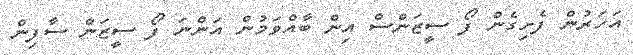
އަހަރުން ފެށިގެން ފޯ ސީޒަންސް އިން ބާއްވަމުން އަންނަ ފޯ ސީޒަން ސާފިން